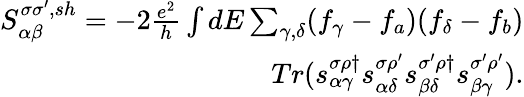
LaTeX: \begin{array}{r}{{S_{\alpha\beta}^{\sigma\sigma^{\prime},sh}}=-2\frac{e^{2}}{h}\int dE\sum_{\gamma,\delta}(f_{\gamma}-f_{a})(f_{\delta}-f_{b})}\\ {Tr(s_{\alpha\gamma}^{\sigma\rho\dagger}s_{\alpha\delta}^{\sigma\rho^{\prime}}s_{\beta\delta}^{\sigma^{\prime}\rho\dagger}s_{\beta\gamma}^{\sigma^{\prime}\rho^{\prime}}).}\end{array}